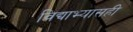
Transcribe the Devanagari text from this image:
विद्याभ्यासही